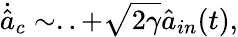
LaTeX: \dot{\hat{a}}_{c}\sim..+\sqrt{2\gamma}\hat{a}_{in}(t),